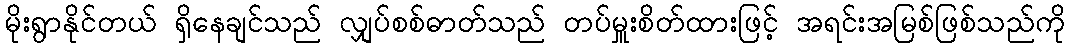
မိုးရွာနိုင်တယ် ရှိနေချင်သည် လျှပ်စစ်ဓာတ်သည် တပ်မှူးစိတ်ထားဖြင့် အရင်းအမြစ်ဖြစ်သည်ကို